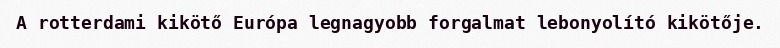
A rotterdami kikötő Európa legnagyobb forgalmat lebonyolító kikötője.